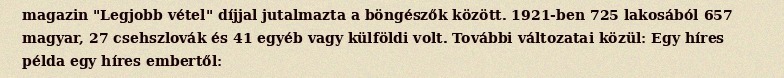
magazin "Legjobb vétel" díjjal jutalmazta a böngészők között. 1921-ben 725 lakosából 657 magyar, 27 csehszlovák és 41 egyéb vagy külföldi volt. További változatai közül: Egy híres példa egy híres embertől: